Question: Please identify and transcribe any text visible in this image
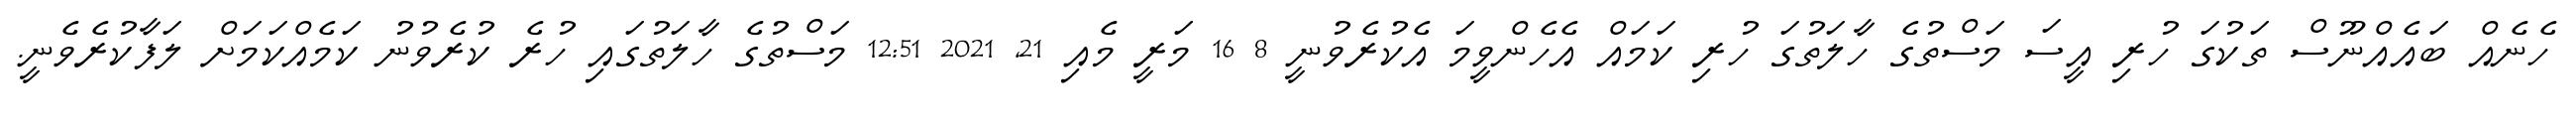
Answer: ހެނެއް ބައެއްނޫސް ތަކުގަ ހުރި އީސަ މަސްތުގެ ހާލަތުގަ ހުރި ކަމައް އެހެންވީމަ އެކުރެވުނީ 8 16 މަރީ މެއި 21, 2021 12:51 މަސްތުގެ ހާލަތުގައި ހުރެ ކުރެވުނު ކަމެއްކަމަށް ލަފާކުރެވެނީ.